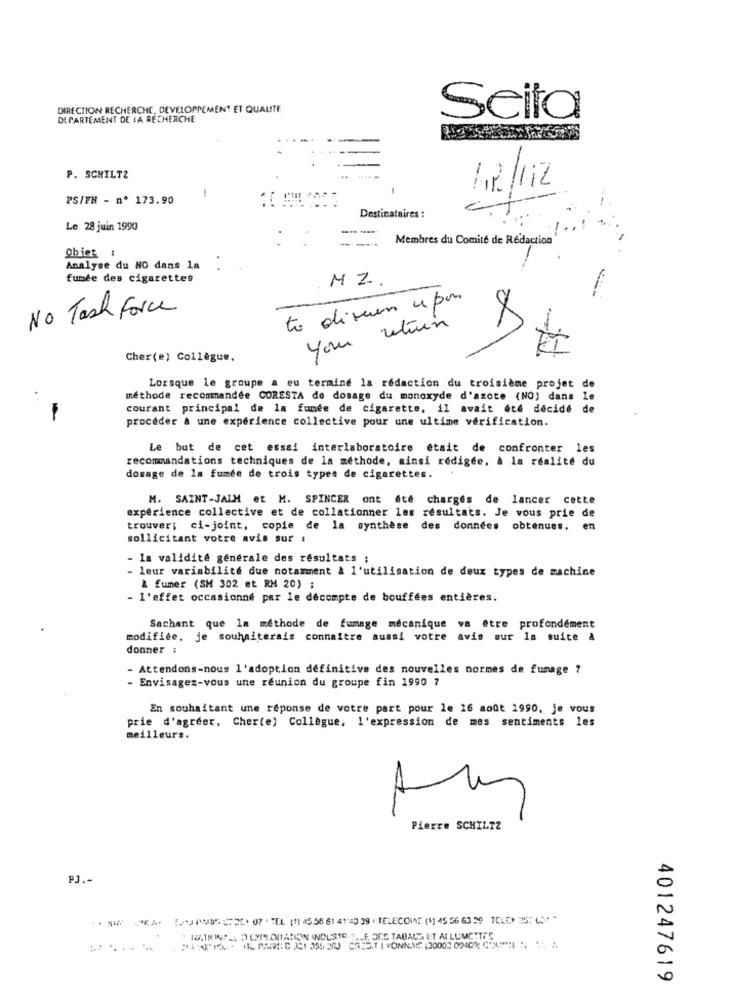
DIRECTION RECHERCHE, DÉVELOPPEMENT ET QUALITE
DEPARTEMENT DE LA RECHERCHE
Seita
P. SCHILTZ
-
PS/FN - nº 173.90
Destinataires :
Le 28 juin 1990
Membres du Comité de Redaction
Objet :
Analyse du NO dans la
fumée des cigarettes
MZ.
to diveren a pon
No Task Force
Your return
Cher(e) Collègue,
Lorsque le groupe a eu termine la rédaction du troisième projet de
méthode recommandee CORESTA de dosage du monoxyde d'azote (NO) dans le
courant principal de la fumée de cigarette, il avait été décidé de
proceder & une expérience collective pour une ultime verification.
Le but de cet essai interlaboratoire était de confronter les
recommandations techniques de la méthode, ainsi rédigée, à la réalité du
dosage de la fumée de trois types de cigarettes.
M. SAINT-JAIM et M. SPINCER ont ete charges de lancer cette
expérience collective et de collationner les résultats. Je vous prie de
trouver: ci-joint, copie de la synthèse
des données obtenues. en
sollicitant votre avis sur i
la validité générale des résultats ;
- leur variabilité due notamment à l'utilisation de deux types de machine
& fumer (SM 302 et RM 20) ;
- l'effet occasionné par le décompte de bouffées entières.
Sachant que la méthode de fumage mécanique va être profondément
modifiée, je souhaiterais connaitre aussi votre avis sur la suite &
donner :
Attendons-nous l'adoption définitive des nouvelles normes de fumage ?
- Envisagez-vous une réunion du groupe fin 1990 7
En souhaitant une réponse de votre part pour le 26 août 1990, je vous
prie d'agréer, Cher(e) Collègue, l'expression de mes sentiments les
meilleurs.
Pierre SCHILTZ
PJ .-
--- 2)07-TEL ()4556614120 39·TELECOIA (1145 56 6350 TELE> 25 ****
NAININS . DUMPLOITATION INDUSTE-T.LE ORE TABACS ET AL LUMCTTI'S
401247619